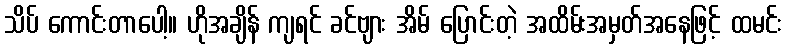
သိပ် ကောင်းတာပေါ့။ ဟိုအချိန် ကျရင် ခင်ဗျား အိမ် ပြောင်းတဲ့ အထိမ်းအမှတ်အနေဖြင့် ထမင်း